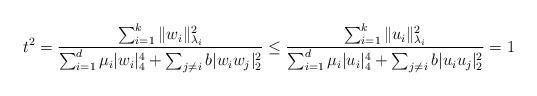
LaTeX: \begin{align*}t^2=\frac{\sum_{i=1}^k \|w_i\|_{\lambda_i}^2}{\sum_{i=1}^d \mu_i |w_i|_4^4+\sum_{j\neq i} b|w_i w_j|^2_2}\leq \frac{\sum_{i=1}^k \|u_i\|_{\lambda_i}^2}{\sum_{i=1}^d \mu_i |u_i|_4^4+\sum_{j\neq i} b|u_i u_j|^2_2}=1\end{align*}